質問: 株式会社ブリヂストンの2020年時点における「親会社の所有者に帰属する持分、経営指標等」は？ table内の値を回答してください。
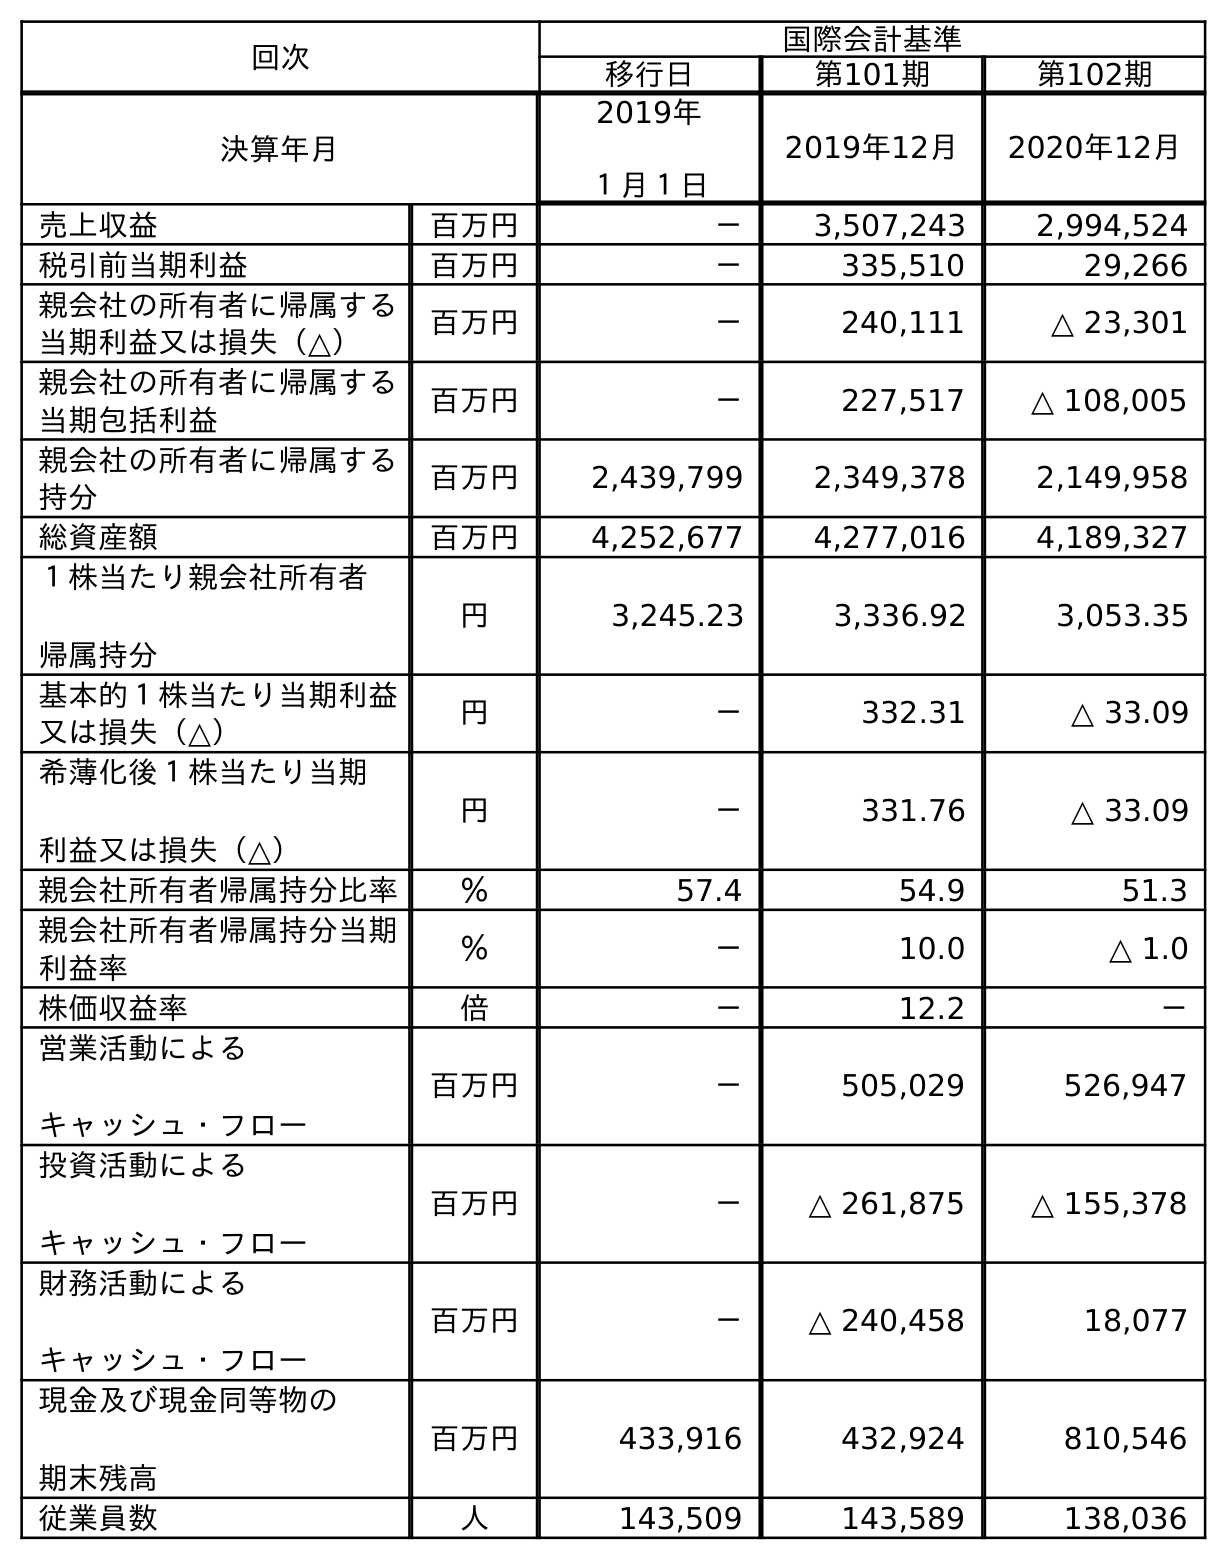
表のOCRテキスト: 回次 国際会計基準 移行日 第101期 第102期 決算年月 2019年 １月１日 2019年12月 2020年12月 売上収益 百万円 － 3,507,243 2,994,524 税引前当期利益 百万円 － 335,510 29,266 親会社の所有者に帰属する 当期利益又は損失（△） 百万円 － 240,111 △ 23,301 親会社の所有者に帰属する 当期包括利益 百万円 － 227,517 △ 108,005 親会社の所有者に帰属する 持分 百万円 2,439,799 2,349,378 2,149,958 総資産額 百万円 4,252,677 4,277,016 4,189,327 １株当たり親会社所有者 帰属持分 円 3,245.23 3,336.92 3,053.35 基本的１株当たり当期利益 又は損失（△） 円 － 332.31 △ 33.09 希薄化後１株当たり当期 利益又は損失（△） 円 － 331.76 △ 33.09 親会社所有者帰属持分比率 ％ 57.4 54.9 51.3 親会社所有者帰属持分当期 利益率 ％ － 10.0 △ 1.0 株価収益率 倍 － 12.2 － 営業活動による キャッシュ・フロー 百万円 － 505,029 526,947 投資活動による キャッシュ・フロー 百万円 － △ 261,875 △ 155,378 財務活動による キャッシュ・フロー 百万円 － △ 240,458 18,077 現金及び現金同等物の 期末残高 百万円 433,916 432,924 810,546 従業員数 人 143,509 143,589 138,036
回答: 2,149,958